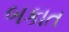
બકાત